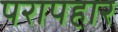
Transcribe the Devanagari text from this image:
परापहार